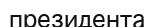
президента